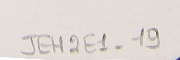
JEH2E1-19